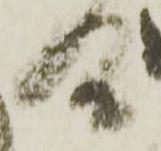
合